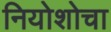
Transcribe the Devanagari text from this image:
नियोशोचा